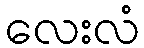
လေးလံ